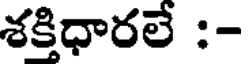
శక్తిధారలే :-